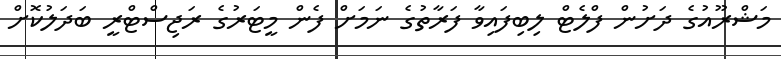
މަޝްރޫއުގެ ދަށުން ފްލެޓް ލިބިފައިވާ ފަރާތުގެ ނަމަށް ފެން މީޓަރުގެ ރަޖިސްޓްރީ ބަދަލުކޮށް